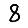
Digit: 8